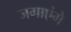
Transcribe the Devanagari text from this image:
जगाएंगे